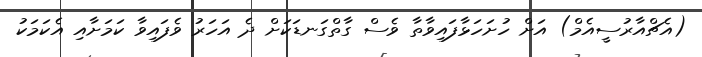
(އެޗްއާރުސީއެމް) އަށް ހުށަހަޅާފައިވާތާ ވެސް ގާތްގަނޑަކަށް ދެ އަހަރު ވެފައިވާ ކަމަށާއި އެކަމަކު